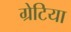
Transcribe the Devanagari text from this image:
ग्रेटिया